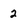
Character: 2